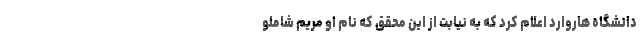
دانشگاه هاروارد اعلام کرد که به نیابت از این محقق که نام او مریم شاملو